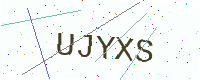
Text: UJYXS